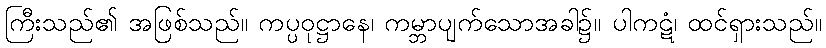
ကြီးသည်၏ အဖြစ်သည်။ ကပ္ပဝုဋ္ဌာနေ၊ ကမ္ဘာပျက်သောအခါ၌။ ပါကဋံ၊ ထင်ရှားသည်။